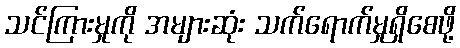
သင်ကြားမှုကို အများဆုံး သက်ရောက်မှုရှိစေဖို့